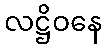
လဋ္ဌိဝနေ